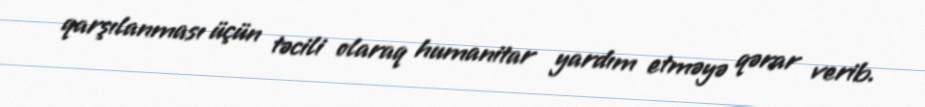
qarşılanması üçün təcili olaraq humanitar yardım etməyə qərar verib.